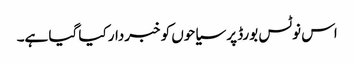
اس نوٹس بورڈ پر سیاحوں کو خبردار کیا گیا ہے۔